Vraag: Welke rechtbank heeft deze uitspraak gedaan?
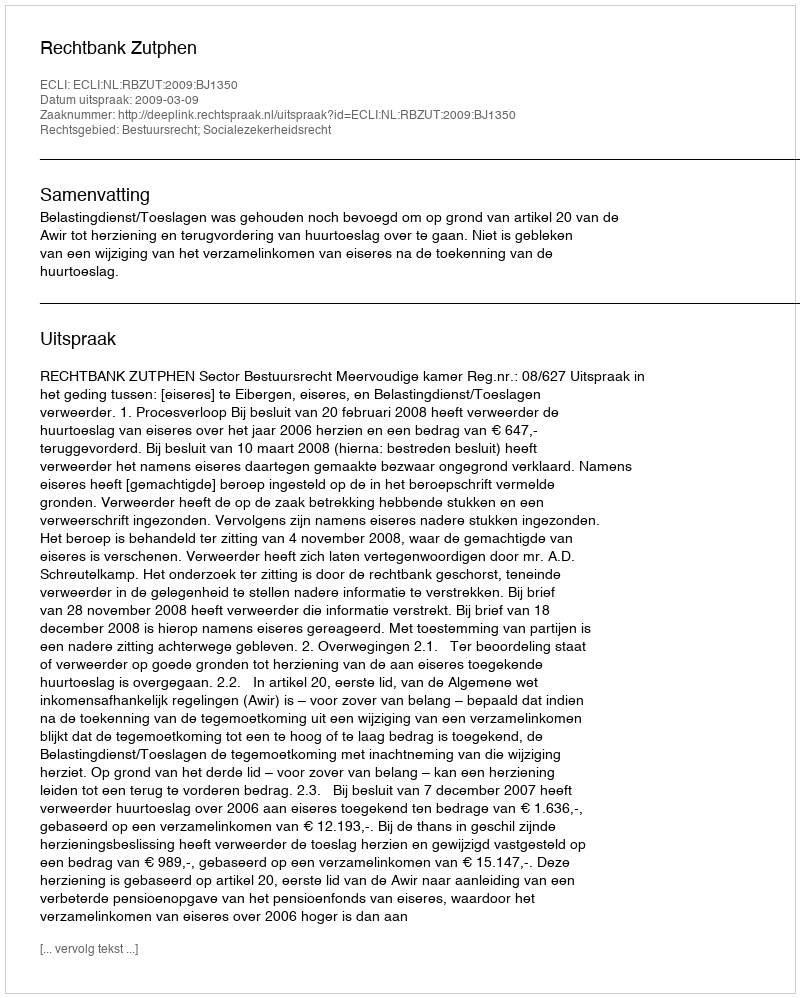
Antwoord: Rechtbank Zutphen